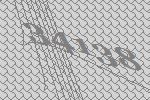
34138